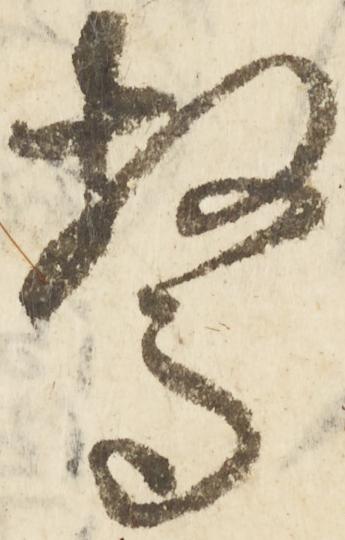
驚